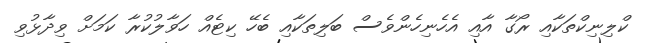
ކްލިނިކްތަކާއި ރޯގާ އާއި އެހެނިހެންވެސް ބަލިތަކާއި ބެހޭ ކިޓެއް ހަވާލުކުރާ ކަމަށް ވިދާޅުވި